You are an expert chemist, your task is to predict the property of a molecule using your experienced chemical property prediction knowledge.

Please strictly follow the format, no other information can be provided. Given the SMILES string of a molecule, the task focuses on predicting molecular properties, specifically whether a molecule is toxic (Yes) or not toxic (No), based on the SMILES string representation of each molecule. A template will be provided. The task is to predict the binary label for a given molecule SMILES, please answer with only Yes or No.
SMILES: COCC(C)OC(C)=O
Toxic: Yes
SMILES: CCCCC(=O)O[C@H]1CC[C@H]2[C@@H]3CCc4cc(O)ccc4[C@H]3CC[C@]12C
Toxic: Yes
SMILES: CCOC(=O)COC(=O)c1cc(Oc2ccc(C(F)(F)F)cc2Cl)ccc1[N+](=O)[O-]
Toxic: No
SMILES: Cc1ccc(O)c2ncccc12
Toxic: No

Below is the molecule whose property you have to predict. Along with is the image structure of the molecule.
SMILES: C[Si](C)=O
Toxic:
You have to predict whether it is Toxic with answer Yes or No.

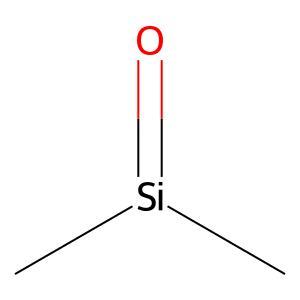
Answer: No